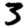
Digit: 3